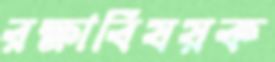
রক্ষাবিষয়ক